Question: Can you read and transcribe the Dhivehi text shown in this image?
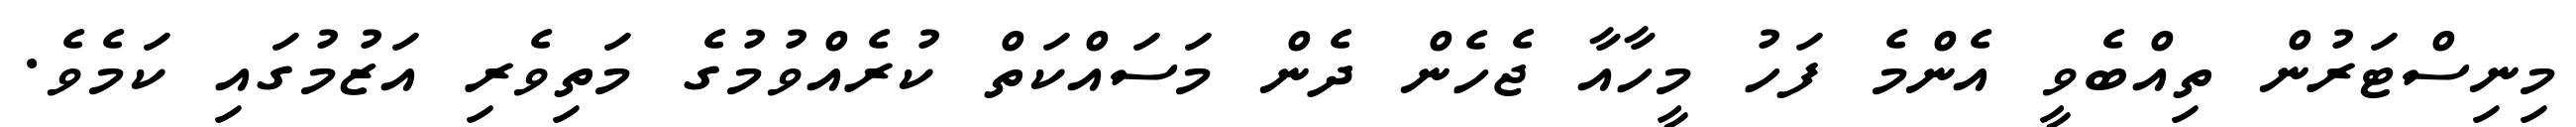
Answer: މިނިސްޓަރުން ތިއްބެވީ އެންމެ ފަހު މީހާއާ ޖެހެން ދެން މަސައްކަތް ކުރެއްވުމުގެ މަތިވެރި އަޒުމުގައި ކަމެވެ.